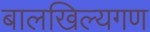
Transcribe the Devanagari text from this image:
बालखिल्यगण